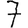
Digit: 7